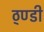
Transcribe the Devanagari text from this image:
ठ्ण्डी